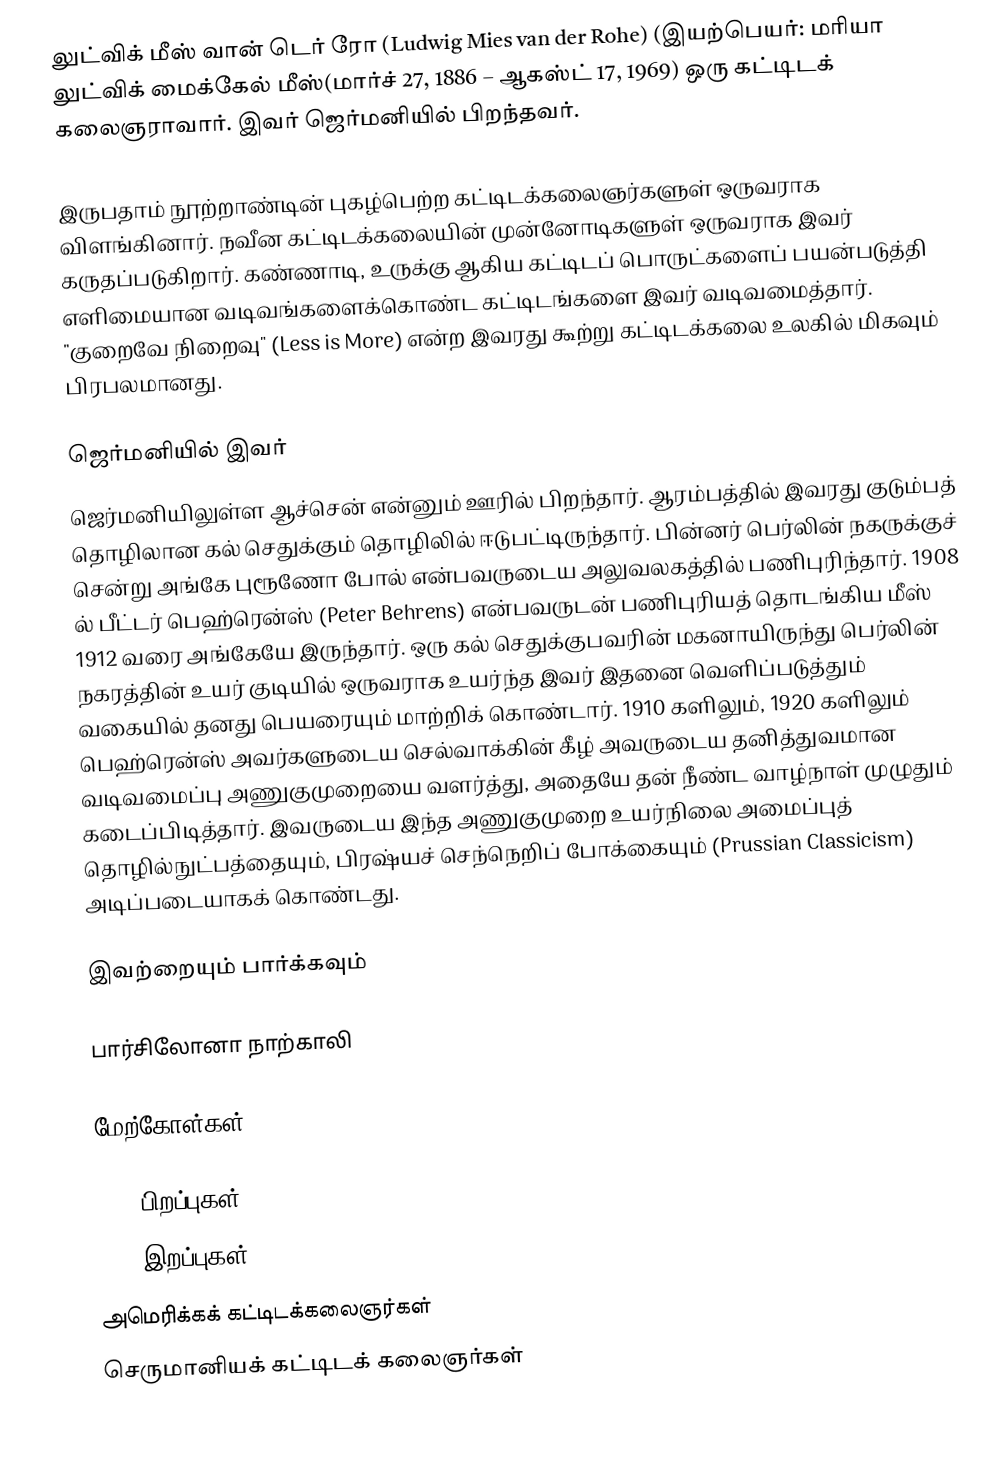
லுட்விக் மீஸ் வான் டெர் ரோ (Ludwig Mies van der Rohe) (இயற்பெயர்: மரியா லுட்விக் மைக்கேல் மீஸ்(மார்ச் 27, 1886 – ஆகஸ்ட் 17, 1969) ஒரு கட்டிடக் கலைஞராவார். இவர் ஜெர்மனியில் பிறந்தவர்.

இருபதாம் நூற்றாண்டின் புகழ்பெற்ற கட்டிடக்கலைஞர்களுள் ஒருவராக விளங்கினார். நவீன கட்டிடக்கலையின் முன்னோடிகளுள் ஒருவராக இவர் கருதப்படுகிறார். கண்ணாடி, உருக்கு ஆகிய கட்டிடப் பொருட்களைப் பயன்படுத்தி எளிமையான வடிவங்களைக்கொண்ட கட்டிடங்களை இவர் வடிவமைத்தார். "குறைவே நிறைவு" (Less is More) என்ற இவரது கூற்று கட்டிடக்கலை உலகில் மிகவும் பிரபலமானது.

ஜெர்மனியில் இவர்
ஜெர்மனியிலுள்ள ஆச்சென் என்னும் ஊரில் பிறந்தார். ஆரம்பத்தில் இவரது குடும்பத் தொழிலான கல் செதுக்கும் தொழிலில் ஈடுபட்டிருந்தார். பின்னர் பெர்லின் நகருக்குச் சென்று அங்கே புரூணோ போல் என்பவருடைய அலுவலகத்தில் பணிபுரிந்தார். 1908 ல் பீட்டர் பெஹ்ரென்ஸ் (Peter Behrens) என்பவருடன் பணிபுரியத் தொடங்கிய மீஸ் 1912 வரை அங்கேயே இருந்தார். ஒரு கல் செதுக்குபவரின் மகனாயிருந்து பெர்லின் நகரத்தின் உயர் குடியில் ஒருவராக உயர்ந்த இவர் இதனை வெளிப்படுத்தும் வகையில் தனது பெயரையும் மாற்றிக் கொண்டார். 1910 களிலும், 1920 களிலும் பெஹ்ரென்ஸ் அவர்களுடைய செல்வாக்கின் கீழ் அவருடைய தனித்துவமான வடிவமைப்பு அணுகுமுறையை வளர்த்து, அதையே தன் நீண்ட வாழ்நாள் முழுதும் கடைப்பிடித்தார். இவருடைய இந்த அணுகுமுறை உயர்நிலை அமைப்புத் தொழில்நுட்பத்தையும், பிரஷ்யச் செந்நெறிப் போக்கையும் (Prussian Classicism) அடிப்படையாகக் கொண்டது.

இவற்றையும் பார்க்கவும்

 பார்சிலோனா நாற்காலி

மேற்கோள்கள்

1886 பிறப்புகள்
1969 இறப்புகள்
அமெரிக்கக் கட்டிடக்கலைஞர்கள்
செருமானியக் கட்டிடக் கலைஞர்கள்